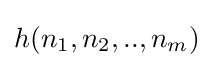
h(n_{1},n_{2},..,n_{m})